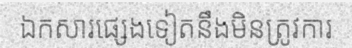
ឯកសារផ្សេងទៀតនឹងមិនត្រូវការ